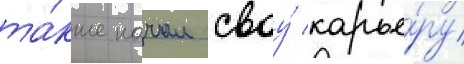
та́кже начал своу́ карье́ру